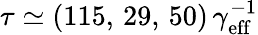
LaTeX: \tau\simeq(115,\, 29,\, 50)\, \gamma_{\mathrm{eff}}^{-1}